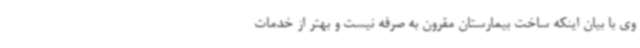
وی با بیان اینکه ساخت بیمارستان مقرون به صرفه نیست و بهتر از خدمات